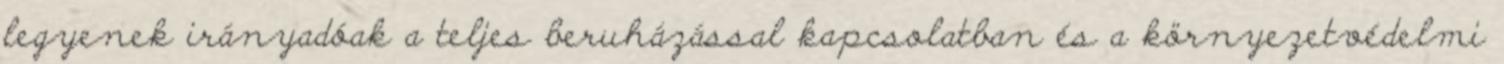
legyenek irányadóak a teljes beruházással kapcsolatban és a környezetvédelmi